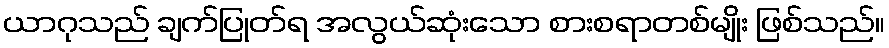
ယာဂုသည် ချက်ပြုတ်ရ အလွယ်ဆုံးသော စားစရာတစ်မျိုး ဖြစ်သည်။